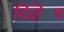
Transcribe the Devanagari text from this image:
विक्षॆप